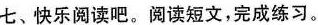
七、快乐阅读吧。阅读短文，完成练习。